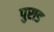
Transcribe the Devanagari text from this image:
पुराड